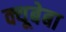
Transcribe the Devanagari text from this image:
क्यूबेबा